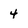
Character: 4